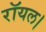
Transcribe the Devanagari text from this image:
रॉयल।